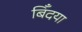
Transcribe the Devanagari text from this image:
बिँदया